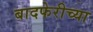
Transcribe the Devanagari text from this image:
बादफेरीच्या